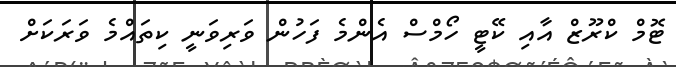
ޓޮމް ކްރޫޒް އާއި ކޭޓީ ހޯމްސް އެންމެ ފަހުން ވަރިވަނީ ކިތައްމެ ވަރަކަށް